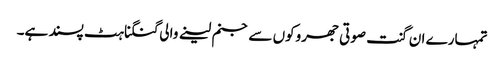
تمہارے ان گنت صوتی جھروکوں سے جنم لینے والی گنگناہٹ پسند ہے۔